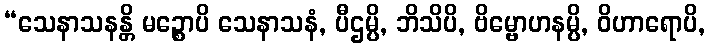
“သေနာသနန္တိ မဉ္စောပိ သေနာသနံ, ပီဌမ္ပိ, ဘိသိပိ, ဗိမ္ဗောဟနမ္ပိ, ဝိဟာရောပိ,